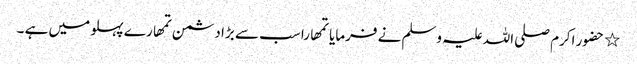
٭ حضور اکرم صلی اللہ علیہ وسلم نے فرمایا تمھارا سب سے بڑا دشمن تمھارے پہلو میں ہے ۔